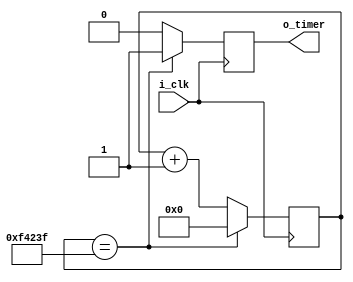
module timer #(
         parameter  TIME  = 20'd1000000
        ,parameter  WIDTH = 20
    ) (
         input      i_clk
        ,output     o_timer
    ) ;

    reg [WIDTH-1:0] r_cnt = {WIDTH{1'b0}} ;
    reg             r_timer = 1'b0 ;

    always @(posedge i_clk) begin
        // r_cnt <= r_cnt + { {(WIDTH-1){1'b0}} , 1'b1} ;

        if (r_cnt == TIME-1) begin
            r_timer <= 1'b1 ;
            r_cnt <= {WIDTH{1'b0}} ;
        end else begin
            r_timer <= 1'b0 ;
            r_cnt <= r_cnt + { {(WIDTH-1){1'b0}} , 1'b1} ;
        end
    end

    assign o_timer = r_timer ;

endmodule